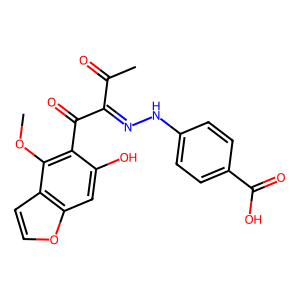
SMILES: COc1c(C(=O)C(=NNc2ccc(C(=O)O)cc2)C(C)=O)c(O)cc2occc12
Inhibits HIV replication: No